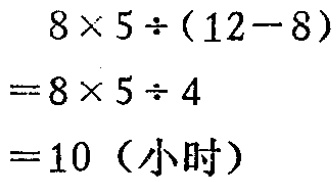
\[

\begin{align*}

&8\times5\div(12 - 8)\\

=&8\times5\div4\\

=&10 \text{（小时）}

\end{align*}

\]